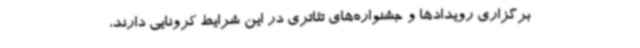
برگزاری رویدادها و جشنواره‌های تئاتری در این شرایط کرونایی دارند،